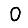
Digit: 0